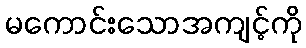
မကောင်းသောအကျင့်ကို